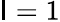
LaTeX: \mathsf{I}=1